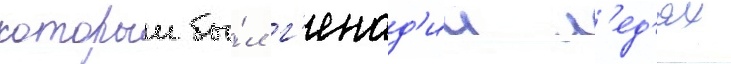
которои бы́л г'енад'ии л'ед'ях